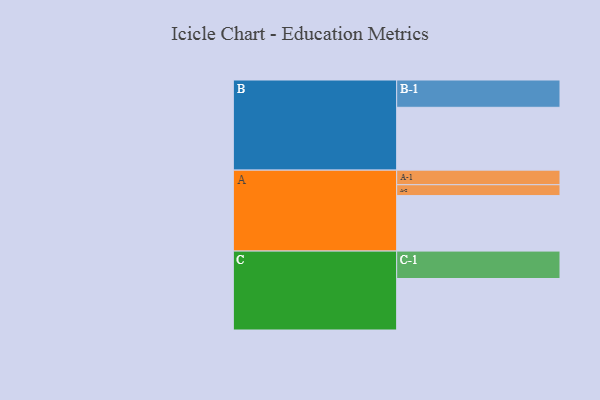
{"axis": {"x": "Segment", "y": "Value"}, "legend": ["", "A", "B", "C"], "data": [{"x": "A", "y": 514, "type": ""}, {"x": "B", "y": 582, "type": ""}, {"x": "C", "y": 477, "type": ""}, {"x": "A-1", "y": 135, "type": "A"}, {"x": "A-2", "y": 101, "type": "A"}, {"x": "B-1", "y": 253, "type": "B"}, {"x": "C-1", "y": 254, "type": "C"}]}